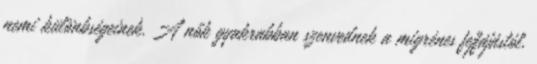
nemi különbségeinek. A nők gyakrabban szenvednek a migrénes fejfájástól,